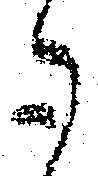
御